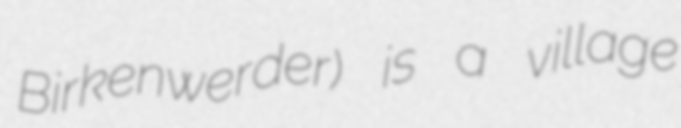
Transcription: Birkenwerder) is a village